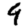
Digit: 9